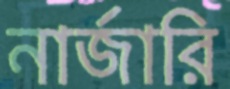
নার্জারি